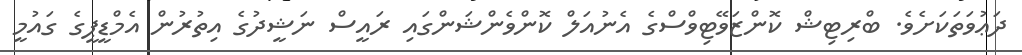
ދަޢުވަތަކަށެވެ. ބްރިޓިޝް ކޮންޒަވޭޓިވްސްގެ އެނުއަލް ކޮންވެންޝަންގައި ރައީސް ނަޝީދުގެ އިތުރުން އެމްޑީޕީގެ ގައުމީ